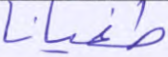
طغيانا